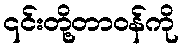
၎င်းတို့တာဝန်ကို